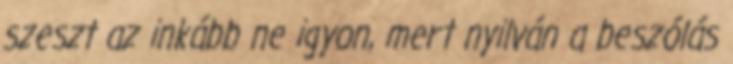
szeszt az inkább ne igyon, mert nyilván a beszólás